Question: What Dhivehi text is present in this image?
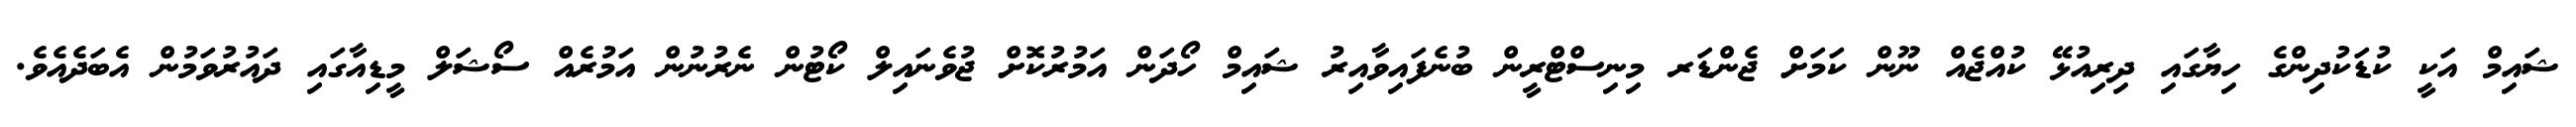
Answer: ޝައިމް އަކީ ކުޑަކުދިންގެ ހިޔާގައި ދިރިއުޅޭ ކުއްޖެއް ނޫން ކަމަށް ޖެންޑަރ މިނިސްޓްރީން ބުނެފައިވާއިރު ޝައިމް ހޯދަން އަމުރުކޮށް ޖުވެނައިލް ކޯޓުން ނެރުނުން އަމުރެއް ސޯޝަލް މީޑިއާގައި ދައުރުވަމުން އެބަދެއެވެ.